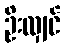
ဦးလျှင်